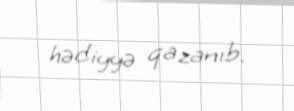
hədiyyə qazanıb.